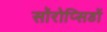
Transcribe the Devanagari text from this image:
सॉरोप्सिडों